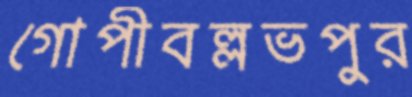
গোপীবল্লভপুর